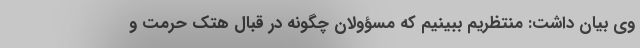
وی بیان داشت: منتظریم ببینیم که مسؤولان چگونه در قبال هتک حرمت و